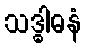
သဒ္ဓါဓနံ